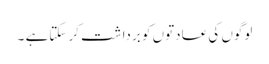
لوگوں کی عادتوں کو برداشت کر سکتاہے ۔